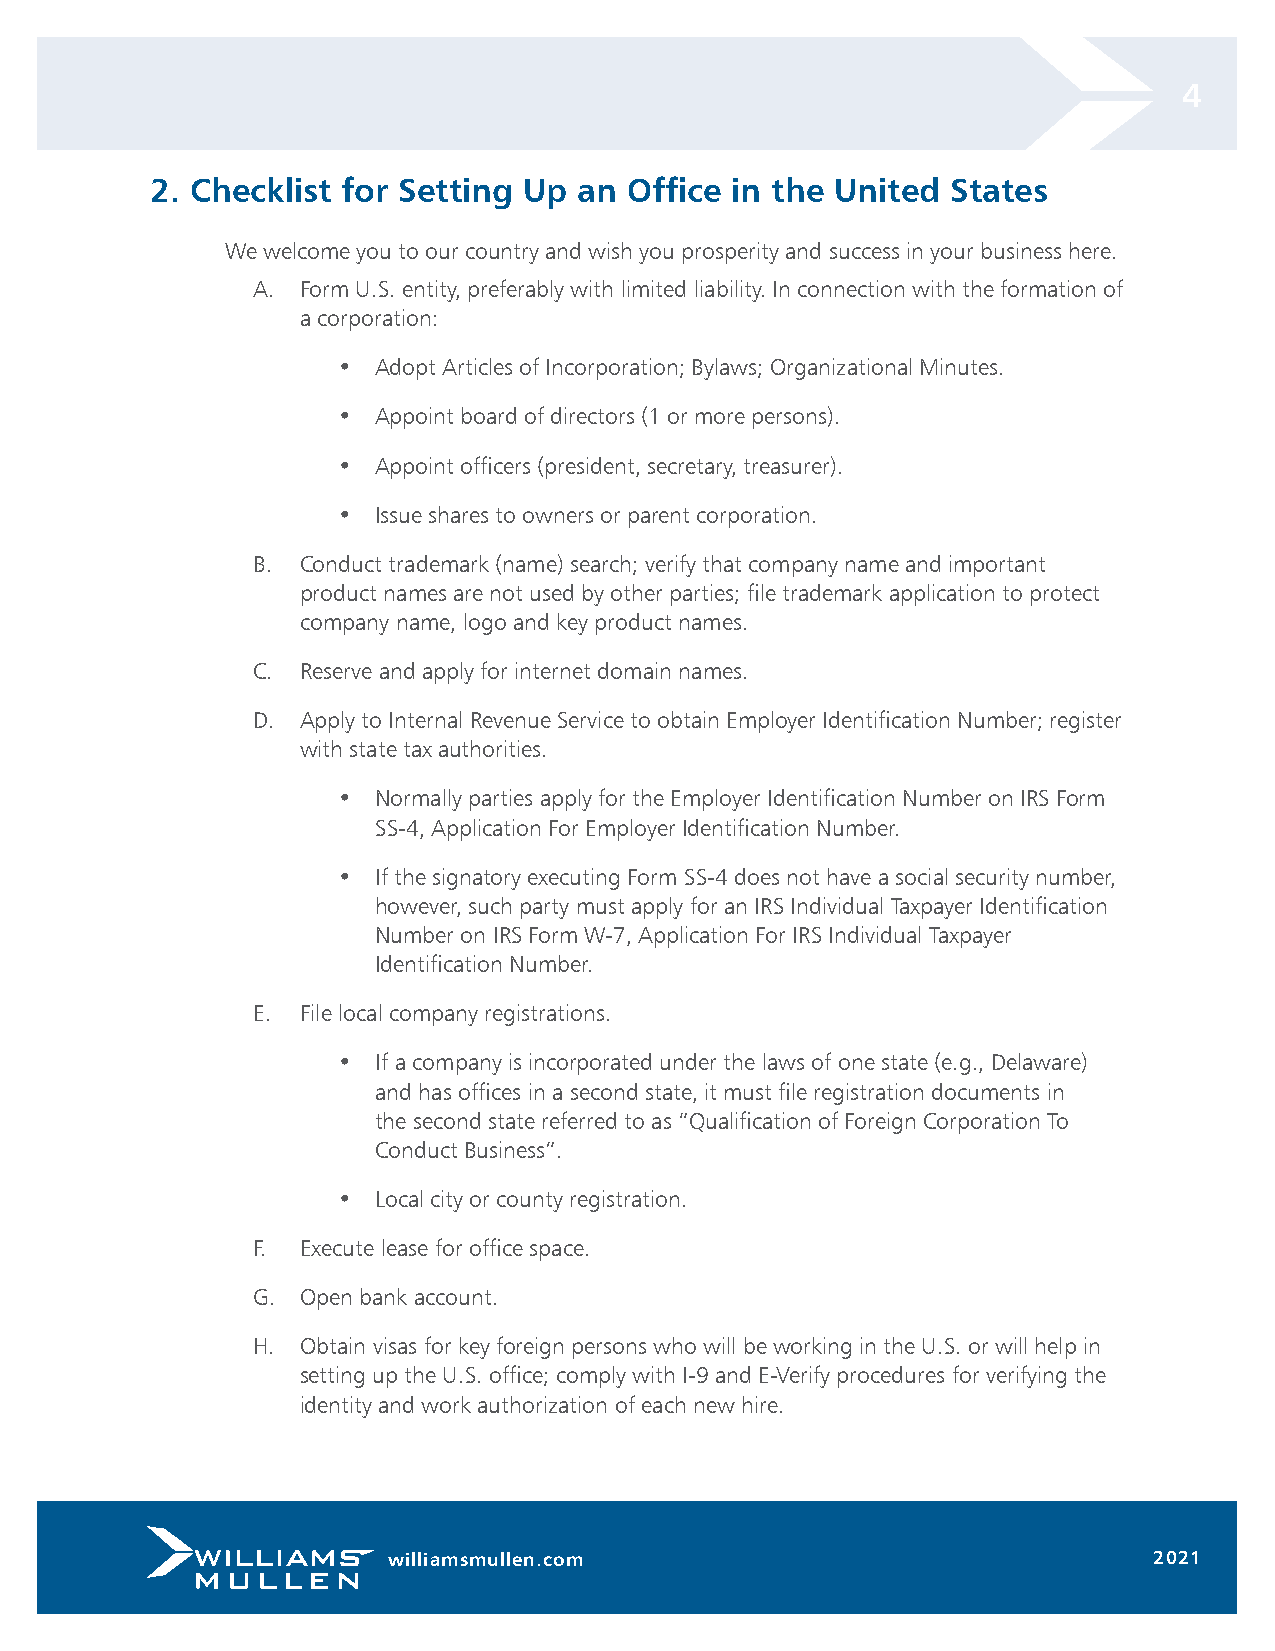
4
 2. Checklist for Setting Up an Office in the United  States
 We welcome you to our country and wish you prosperity and success in your business here.
 A. Form U.S. entity, preferably with limited liability. In connection with the formation of
 a corporation:
 •  Adopt Articles of Incorporation; Bylaws; Organizational Minutes.
 •  Appoint board of directors (1 or more persons).
 •  Appoint officers (president, secretary, treasurer).
 •  Issue shares to owners or parent corporation.
 B. Conduct trademark (name) search; verify that company name and important
 product names are not used by other parties; file trademark application to protect
 company name, logo and key product names.
 C. Reserve and apply for internet domain names.
 D. Apply to Internal Revenue Service to obtain Employer Identification Number; register
 with state tax authorities.
 •  Normally parties apply for the Employer Identification Number on IRS Form
 SS-4, Application For Employer Identification Number.
 •  If the signatory executing Form SS-4 does not have a social security number,
 however, such party must apply for an IRS Individual Taxpayer Identification
 Number on IRS Form W-7, Application For IRS Individual Taxpayer
 Identification Number.
 E. File local company registrations.
 •  If a company is incorporated under the laws of one state (e.g., Delaware)
 and has offices in a second state, it must file registration documents in
 the second state referred to as “Qualification of Foreign Corporation To
 Conduct Business”.
 •  Local city or county registration.
 F. Execute lease for office space.
 G. Open bank account.
 H. Obtain visas for key foreign persons who will be working in the U.S. or will help in
 setting up the U.S. office; comply with I-9 and E-Verify procedures for verifying the
 identity and work authorization of each new hire.
 williamsmullen.com                                2021